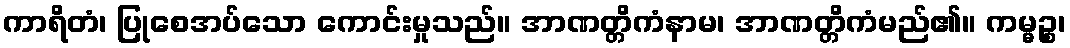
ကာရိတံ၊ ပြုစေအပ်သော ကောင်းမှုသည်။ အာဏတ္တိကံနာမ၊ အာဏတ္တိကံမည်၏။ ကမ္မဉ္စ၊